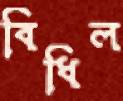
বিধিল